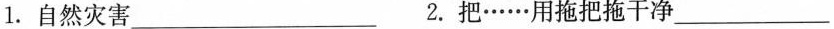
1.自然灾害___ 2.把……用拖把拖干净___